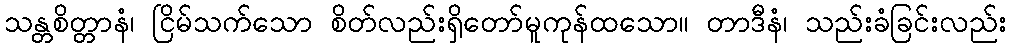
သန္တစိတ္တာနံ၊ ငြိမ်သက်သော စိတ်လည်းရှိတော်မူကုန်ထသော။ တာဒီနံ၊ သည်းခံခြင်းလည်း